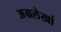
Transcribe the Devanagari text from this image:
अग्रलेखां